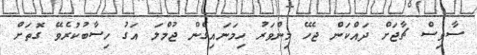
ސާވިސް ޗާޖަށް ދައްކަން ޖެހޭ މިންވަރު ހިމަނައިގެން ޖުމްލަ އަގު ހިސާބުކުރެވޭ ގޮތަށް